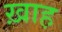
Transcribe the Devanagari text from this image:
ख़ाह